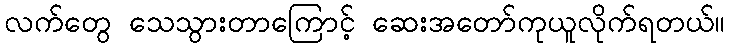
လက်တွေ သေသွားတာကြောင့် ဆေးအတော်ကုယူလိုက်ရတယ်။